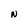
Character: N